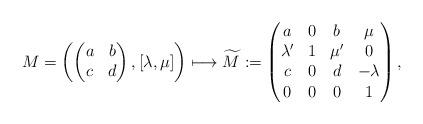
LaTeX: \begin{align*} M = \left( \begin{pmatrix} a & b \\c & d \end{pmatrix} , \left[ \lambda, \mu \right] \right) \longmapsto \widetilde{M}:= \begin{pmatrix}a & 0 & b & \mu \\\lambda' & 1 & \mu' & 0 \\c & 0 & d & - \lambda \\0 & 0 & 0 & 1\end{pmatrix}, \end{align*}